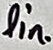
Text: lin.